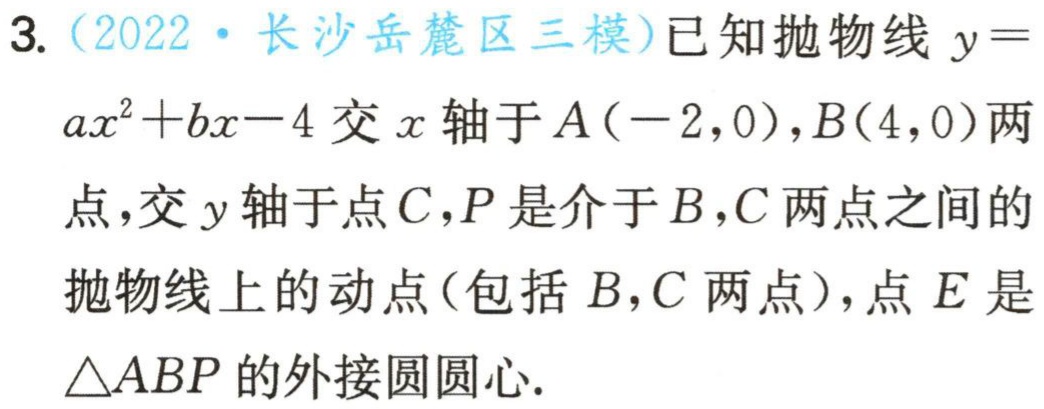
3.（2022·长沙岳麓区三模）已知抛物线\(y = ax^{2}+bx - 4\)交\(x\)轴于\(A(-2,0)\)，\(B(4,0)\)两点，交\(y\)轴于点\(C\)，\(P\)是介于\(B\)，\(C\)两点之间的抛物线上的动点（包括\(B\)，\(C\)两点），点\(E\)是\(\triangle ABP\)的外接圆圆心.